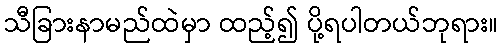
သီခြားနာမည်ထဲမှာ ထည့်၍ ပို့ရပါတယ်ဘုရား။